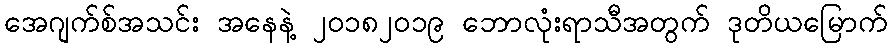
အေဂျက်စ်အသင်း အနေနဲ့ ၂၀၁၈၂၀၁၉ ဘောလုံးရာသီအတွက် ဒုတိယမြောက်